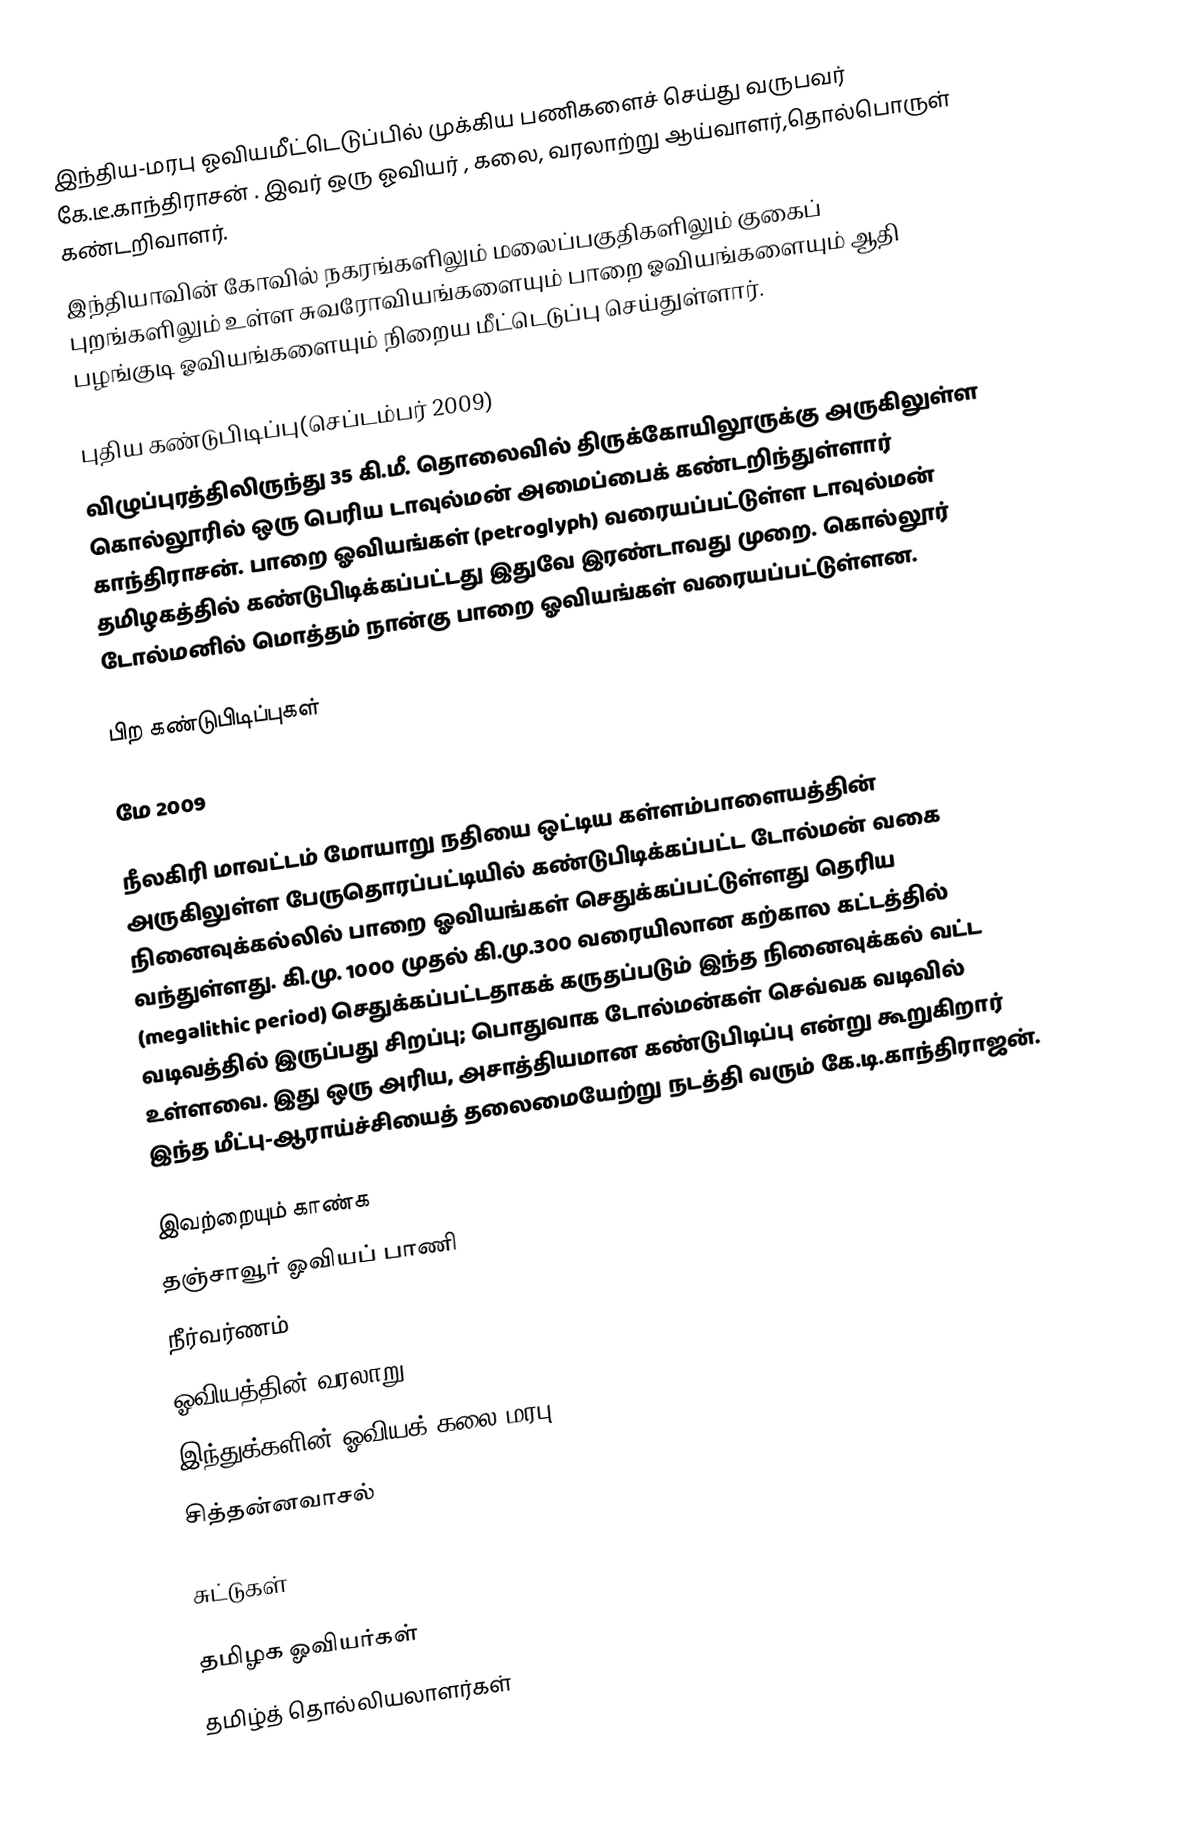
இந்திய-மரபு ஓவியமீட்டெடுப்பில் முக்கிய பணிகளைச் செய்து வருபவர் கே.டீ.காந்திராசன் . இவர் ஒரு ஓவியர் , கலை, வரலாற்று ஆய்வாளர்,தொல்பொருள் கண்டறிவாளர்.
இந்தியாவின் கோவில் நகரங்களிலும் மலைப்பகுதிகளிலும் குகைப் புறங்களிலும் உள்ள  சுவரோவியங்களையும் பாறை ஓவியங்களையும் ஆதி பழங்குடி ஓவியங்களையும் நிறைய மீட்டெடுப்பு செய்துள்ளார்.

புதிய கண்டுபிடிப்பு(செப்டம்பர் 2009)
விழுப்புரத்திலிருந்து 35 கி.மீ. தொலைவில் திருக்கோயிலூருக்கு அருகிலுள்ள கொல்லூரில் ஒரு பெரிய டாவுல்மன் அமைப்பைக் கண்டறிந்துள்ளார் காந்திராசன். பாறை ஓவியங்கள் (petroglyph) வரையப்பட்டுள்ள  டாவுல்மன் தமிழகத்தில் கண்டுபிடிக்கப்பட்டது இதுவே இரண்டாவது முறை. கொல்லூர் டோல்மனில் மொத்தம் நான்கு பாறை ஓவியங்கள் வரையப்பட்டுள்ளன.

பிற கண்டுபிடிப்புகள்

மே 2009

நீலகிரி மாவட்டம் மோயாறு நதியை ஒட்டிய கள்ளம்பாளையத்தின் அருகிலுள்ள பேருதொரப்பட்டியில் கண்டுபிடிக்கப்பட்ட டோல்மன் வகை நினைவுக்கல்லில் பாறை ஓவியங்கள் செதுக்கப்பட்டுள்ளது தெரிய வந்துள்ளது. கி.மு. 1000 முதல் கி.மு.300 வரையிலான கற்கால கட்டத்தில் (megalithic period) செதுக்கப்பட்டதாகக் கருதப்படும் இந்த நினைவுக்கல் வட்ட வடிவத்தில் இருப்பது சிறப்பு; பொதுவாக டோல்மன்கள் செவ்வக வடிவில் உள்ளவை. இது ஒரு அரிய, அசாத்தியமான கண்டுபிடிப்பு என்று கூறுகிறார் இந்த மீட்பு-ஆராய்ச்சியைத் தலைமையேற்று நடத்தி வரும் கே.டி.காந்திராஜன்.

இவற்றையும் காண்க
 தஞ்சாவூர் ஓவியப் பாணி
 நீர்வர்ணம்
 ஓவியத்தின் வரலாறு
 இந்துக்களின் ஓவியக் கலை மரபு
 சித்தன்னவாசல்

சுட்டுகள்

தமிழக ஓவியர்கள்
தமிழ்த் தொல்லியலாளர்கள்